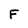
Character: F